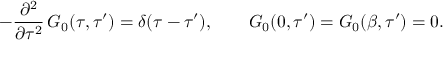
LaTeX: - \frac { \partial ^ { 2 } } { \partial \tau ^ { 2 } } \, G _ { 0 } ( \tau , \tau ^ { \prime } ) = \delta ( \tau - \tau ^ { \prime } ) , \qquad G _ { 0 } ( 0 , \tau ^ { \prime } ) = G _ { 0 } ( \beta , \tau ^ { \prime } ) = 0 .